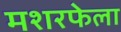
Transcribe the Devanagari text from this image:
मशरफेला